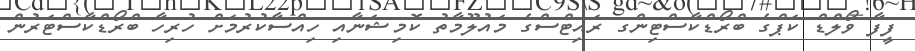
ފީފާ ވޯލްޑް ކަޕްގެ ބްރޯޑްކާސްޓިންގ ރައިޓްސްގެ މައުލޫމާތު ކޮމިޝަނާއި ހިއްސާކުރުމަށް ހުރިހާ ބްރޯޑްކާސްޓަރުން